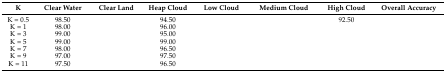
<table><thead><tr><td><b>K</b></td><td><b>Clear Water</b></td><td><b>Clear Land</b></td><td><b>Heap Cloud</b></td><td><b>Low Cloud</b></td><td><b>Medium Cloud</b></td><td><b>High Cloud</b></td><td><b>Overall Accuracy</b></td></tr></thead><tbody><tr><td>K = 0.5</td><td>98.50</td><td>[EMPTY_CELL]</td><td>94.50</td><td>[EMPTY_CELL]</td><td>[EMPTY_CELL]</td><td>92.50</td><td>[EMPTY_CELL]</td></tr><tr><td>K = 1</td><td>98.00</td><td>[EMPTY_CELL]</td><td>96.00</td><td>[EMPTY_CELL]</td><td>[EMPTY_CELL]</td><td>[EMPTY_CELL]</td><td>[EMPTY_CELL]</td></tr><tr><td>K = 3</td><td>99.00</td><td>[EMPTY_CELL]</td><td>95.00</td><td>[EMPTY_CELL]</td><td>[EMPTY_CELL]</td><td>[EMPTY_CELL]</td><td>[EMPTY_CELL]</td></tr><tr><td>K = 5</td><td>99.00</td><td>[EMPTY_CELL]</td><td>99.00</td><td>[EMPTY_CELL]</td><td>[EMPTY_CELL]</td><td>[EMPTY_CELL]</td><td>[EMPTY_CELL]</td></tr><tr><td>K = 7</td><td>98.00</td><td>[EMPTY_CELL]</td><td>96.50</td><td>[EMPTY_CELL]</td><td>[EMPTY_CELL]</td><td>[EMPTY_CELL]</td><td>[EMPTY_CELL]</td></tr><tr><td>K = 9</td><td>97.00</td><td>[EMPTY_CELL]</td><td>97.50</td><td>[EMPTY_CELL]</td><td>[EMPTY_CELL]</td><td>[EMPTY_CELL]</td><td>[EMPTY_CELL]</td></tr><tr><td>K = 11</td><td>97.50</td><td>[EMPTY_CELL]</td><td>96.50</td><td>[EMPTY_CELL]</td><td>[EMPTY_CELL]</td><td>[EMPTY_CELL]</td><td>[EMPTY_CELL]</td></tr></tbody></table>